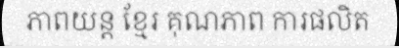
ភាពយន្ត ខ្មែរ គុណភាព ការផលិត